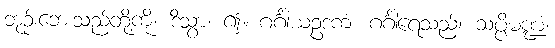
ဘုဉ်းဘေးသည်တို့ကို။ ဒိသွာ၊ ၍။ ဂင်္ဂါယဥဒကံ၊ ဂင်္ဂါရေသည်။ သပ္ပိမဏ္ဍံ၊